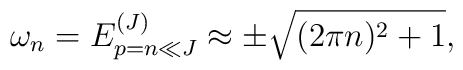
\omega_n=E^{(J)}_{p=n\ll J}\approx \pm\sqrt{(2\pi n)^2+1},